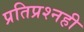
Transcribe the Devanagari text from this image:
प्रतिप्रश्‍नही